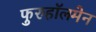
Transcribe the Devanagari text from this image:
फुरुहॉलमेन